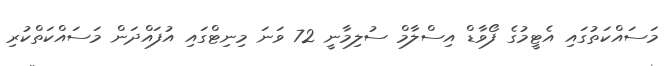
މަސައްކަތުގައި އެޓީމުގެ ފޯވާޑް އިސްލާމް ސުލިމާނީ 72 ވަނަ މިނިޓްގައި އުފައްދަން މަސައްކަތްކުރި